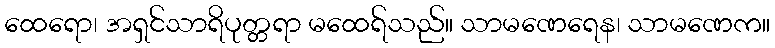
ထေရော၊ အရှင်သာရိပုတ္တရာ မထေရ်သည်။ သာမဏေရေန၊ သာမဏေက။